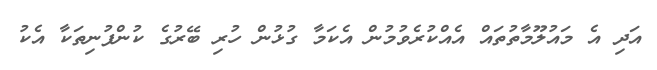
އަދި އެ މައުލޫމާތުތައް އެއްކުރެވުމުން އެކަމާ ގުޅުން ހުރި ބޭރުގެ ކުންފުނިތަކާ އެކު